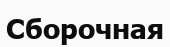
Сборочная